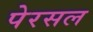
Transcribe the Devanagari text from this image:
पेरसल